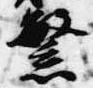
繁